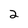
Character: 2